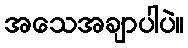
အသေအချာပါပဲ။